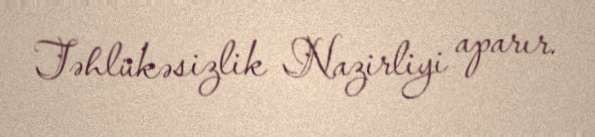
Təhlükəsizlik Nazirliyi aparır.